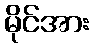
မိုင်အား